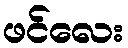
ဖင်လေး